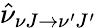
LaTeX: \hat{\nu}_{\nu J\rightarrow\nu^{\prime}J^{\prime}}